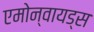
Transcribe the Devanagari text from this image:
एमोन्वायड्स